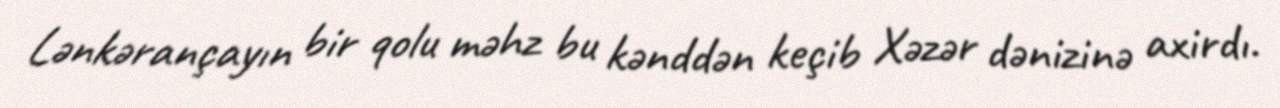
Lənkərançayın bir qolu məhz bu kənddən keçib Xəzər dənizinə axirdı.